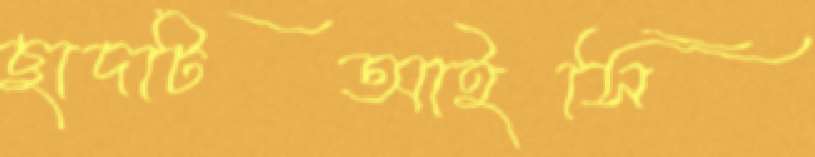
ছাদটিআইসি